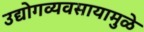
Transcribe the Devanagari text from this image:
उद्योगव्यवसायामुळे